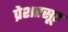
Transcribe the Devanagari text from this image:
प्रेशरसूट